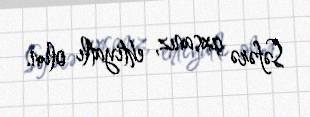
Səfərə çıxsanız, ehtiyatlı olun.